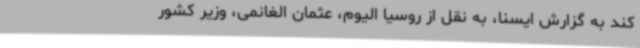
کند به گزارش ایسنا، به نقل از روسیا الیوم، عثمان الغانمی، وزیر کشور